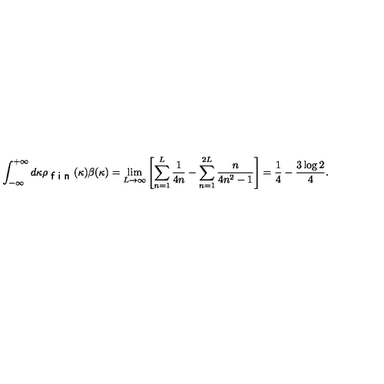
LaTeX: \int _ { - \infty } ^ { + \infty } d \kappa \rho _ { \textsf { f i n } } ( \kappa ) \beta ( \kappa ) = \lim _ { L \to \infty } \left[ \sum _ { n = 1 } ^ { L } \frac { 1 } { 4 n } - \sum _ { n = 1 } ^ { 2 L } \frac { n } { 4 n ^ { 2 } - 1 } \right] = \frac { 1 } { 4 } - \frac { 3 \log 2 } { 4 } .